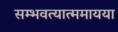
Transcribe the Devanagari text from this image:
सम्भवत्यात्ममायया